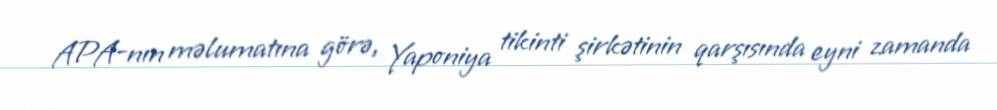
APA-nın məlumatına görə, Yaponiya tikinti şirkətinin qarşısında eyni zamanda